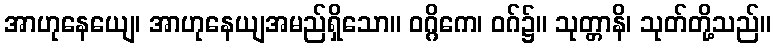
အာဟုနေယျေ၊ အာဟုနေယျအမည်ရှိသော။ ဝဂ္ဂိကေ၊ ဝဂ်၌။ သုတ္တာနိ၊ သုတ်တို့သည်။